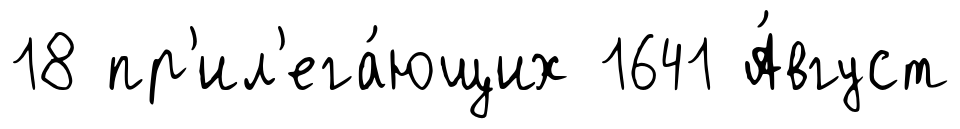
18 пр'ил'ега́ющих 1641 А́вгуст